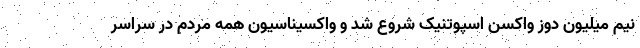
نیم میلیون دوز واکسن اسپوتنیک شروع شد و واکسیناسیون همه مردم در سراسر